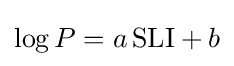
\log P=a\,{\mbox{SLI}}+b